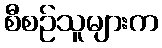
စီစဉ်သူများက